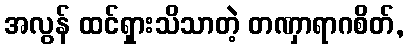
အလွန် ထင်ရှားသိသာတဲ့ တဏှာရာဂစိတ်,